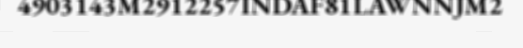
4903143M2912257INDAF81LAWNNJM2